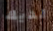
لديك